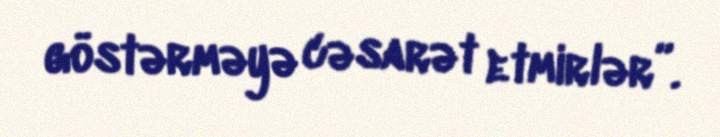
göstərməyə cəsarət etmirlər”.